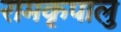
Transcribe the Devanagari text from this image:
रामकृपालु